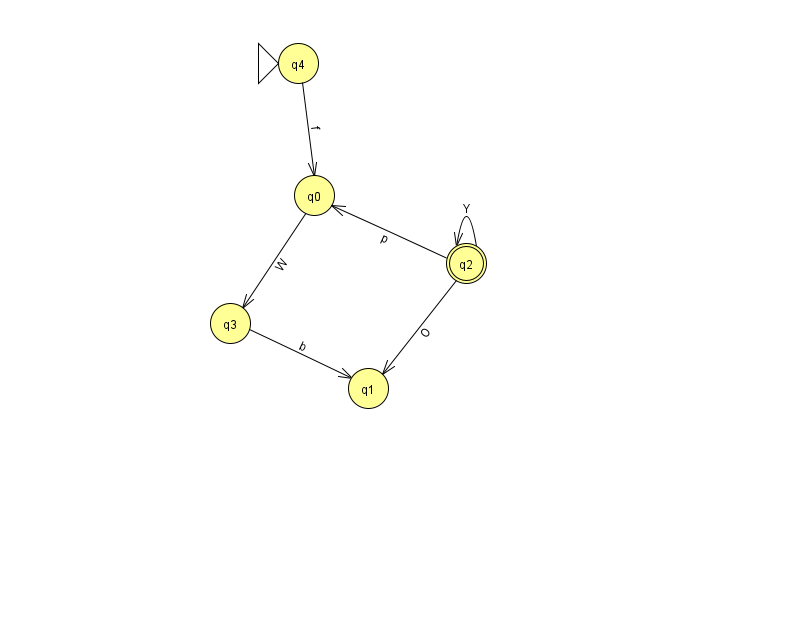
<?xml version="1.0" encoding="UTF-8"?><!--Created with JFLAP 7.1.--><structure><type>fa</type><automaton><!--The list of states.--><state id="0" name="q0"><x>314.0</x><y>182.0</y></state><state id="1" name="q1"><x>368.0</x><y>375.0</y></state><state id="2" name="q2"><x>466.0</x><y>250.0</y><final/></state><state id="3" name="q3"><x>230.0</x><y>310.0</y></state><state id="4" name="q4"><x>298.0</x><y>50.0</y><initial/></state><!--The list of transitions.--><transition><from>3</from><to>1</to><read>b</read></transition><transition><from>4</from><to>0</to><read>f</read></transition><transition><from>2</from><to>1</to><read>O</read></transition><transition><from>0</from><to>3</to><read>W</read></transition><transition><from>2</from><to>2</to><read>Y</read></transition><transition><from>2</from><to>0</to><read>p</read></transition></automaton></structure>